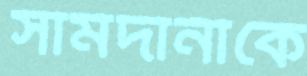
সামদানীকে